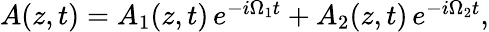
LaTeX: \begin{array}{r}{A(z,t)=A_{1}(z,t)\, e^{-i\Omega_{1}t}+A_{2}(z,t)\, e^{-i\Omega_{2}t},}\end{array}